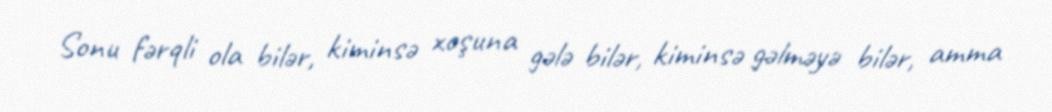
Sonu fərqli ola bilər, kiminsə xoşuna gələ bilər, kiminsə gəlməyə bilər, amma